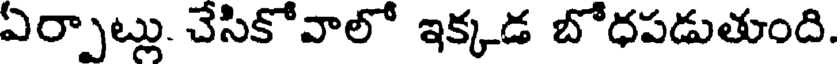
ఏర్పాట్లు. చేసికోవాలో ఇక్కడ బోధపడుతుంది.